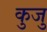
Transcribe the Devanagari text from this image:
कुजु